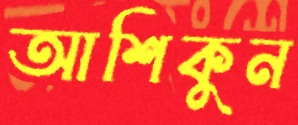
আশিকুন